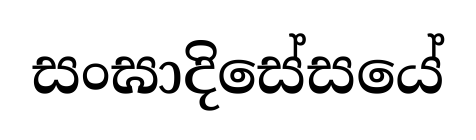
සංඝාදිසේසයේ